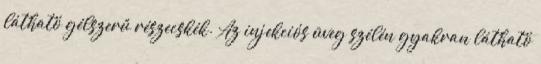
látható gélszerű részecskék. Az injekciós üveg szélén gyakran látható